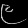
Digit: ၉